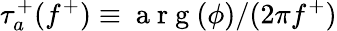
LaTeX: \tau_{a}^{+}(f^{+})\equiv\mathrm{~a~r~g~}(\phi)/(2\pi f^{+})